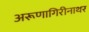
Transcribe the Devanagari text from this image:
अरूणागिरीनाथर